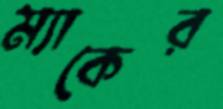
ম্যাকের